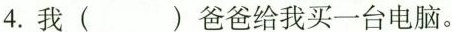
4.我( )爸爸给我买一台电脑。